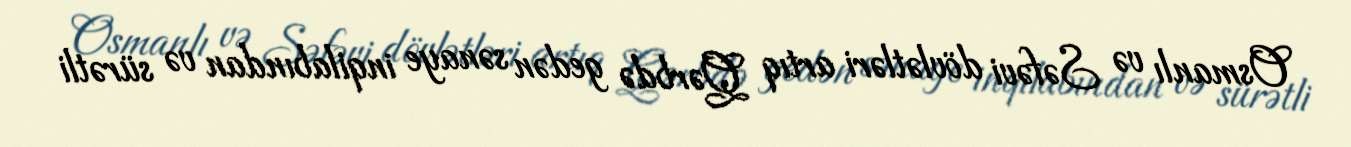
Osmanlı və Səfəvi dövlətləri artıq Qərbdə gedən sənaye inqilabından və sürətli